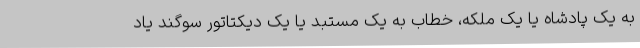
به یک پادشاه یا یک ملکه، خطاب به یک مستبد یا یک دیکتاتور سوگند یاد